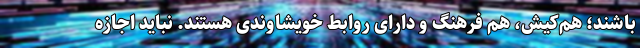
باشند؛ هم‌کیش، هم فرهنگ و دارای روابط خویشاوندی هستند. نباید اجازه